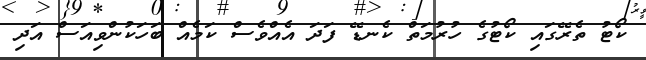
ކޯޓު ތެރޭގައި ކޯޓުގެ ހުރުމަތް ކެނޑޭ ފަދަ އެއްވެސް ކަމެއް ބަހަކުންވިއަސް އަދި